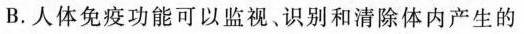
B.人体免疫功能可以监视、识别和清除体内产生的